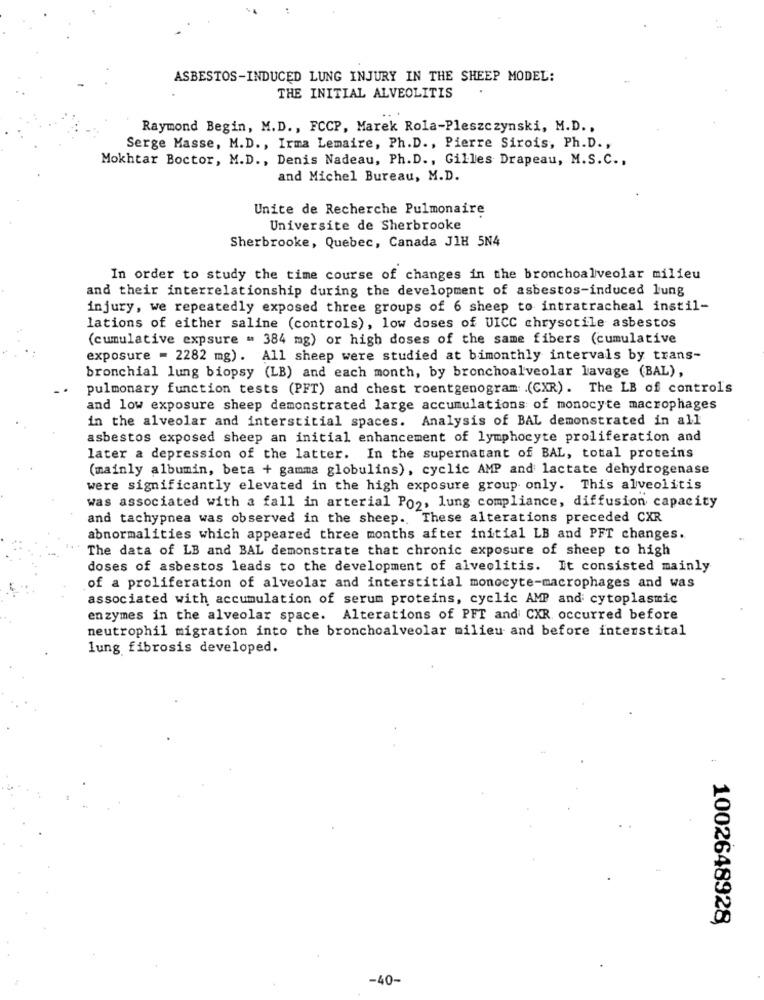
ASBESTOS-INDUCED LUNG INJURY IN THE SHEEP MODEL:
THE INITIAL ALVEOLITIS
Raymond Begin, M.D ., FCCP, Marek Rola-Pleszczynski, M.D .,
Serge Masse, M.D ., Irma Lemaire, Ph.D ., Pierre Sirois, Ph.D .,
Mokhtar Boctor, M.D ., Denis Nadeau, Ph. D ., Gilles Drapeau, M.S.C .,
and Michel Bureau, M.D.
Unite de Recherche Pulmonaire
Universite de Sherbrooke
Sherbrooke, Quebec, Canada JIH 5N4
In order to study the time course of changes in the bronchoalveolar milieu
and their interrelationship during the development of asbestos-induced lung
injury, we repeatedly exposed three groups of 6 sheep to intratracheal instil-
lations of either saline (controls), low doses of UICC chrysotile asbestos
(cumulative expsure - 384 mg) or high doses of the same fibers (cumulative
exposure = 2282 mg). All sheep were studied at bimonthly intervals by trans-
bronchial lung biopsy (LB) and each month, by bronchoalveolar lavage (BAL),
pulmonary function tests (PFT) and chest roentgenogram .(CXR). The LB of controls
and low exposure sheep demonstrated large accumulations of monocyte macrophages
in the alveolar and interstitial spaces. Analysis of BAL demonstrated in all
asbestos exposed sheep an initial enhancement of lymphocyte proliferation and
later a depression of the latter. In the supernatant of BAL, total proteins
(mainly albumin, beta + gamma globulins), cyclic AMP and lactate dehydrogenase
were significantly elevated in the high exposure group only. This alveolitis
was associated with a fall in arterial Po2, lung compliance, diffusion capacity
and tachypnea was observed in the sheep. These alterations preceded CXR
abnormalities which appeared three months after initial LB and PFT changes.
The data of LB and BAL demonstrate that chronic exposure of sheep to high
doses of asbestos leads to the development of alveolitis. It consisted mainly
of a proliferation of alveolar and interstitial monocyte-macrophages and was
associated with accumulation of serum proteins, cyclic AMP and cytoplasmic
enzymes in the alveolar space. Alterations of PFT and CXR occurred before
neutrophil migration into the bronchoalveolar milieu and before interstital
lung fibrosis developed.
1002648928,
-40-